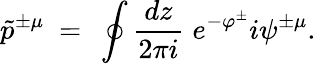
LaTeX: \tilde{p}^{\pm\mu}\ =\ \oint\frac{dz}{2\pi i}\; e^{-\varphi^{\pm}}i\psi^{\pm\mu}.